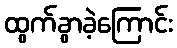
ထွက်ခွာခဲ့ကြောင်း